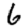
Digit: 6